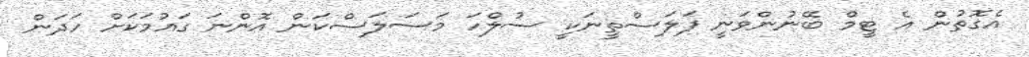
އެގޮތުން އެ ޓީމް ބޭނުންވަނީ ފަލަސްތީނަކީ ސުލްހަ މަސަލަސްކަން އޮންނަ ގައުމަކަށް ހަދަން